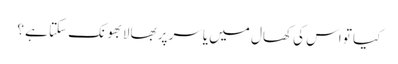
کیا تو اس کی کھال میں یاسر پر بھالا بھونک سکتا ہے ؟